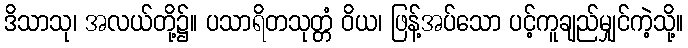
ဒိသာသု၊ အလယ်တို့၌။ ပသာရိတသုတ္တံ ဝိယ၊ ဖြန့်အပ်သော ပင့်ကူချည်မျှင်ကဲ့သို့။